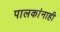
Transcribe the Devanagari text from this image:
पालकांनाही